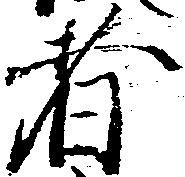
者